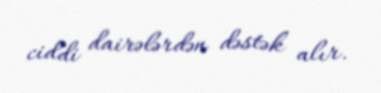
ciddi dairələrdən dəstək alır.